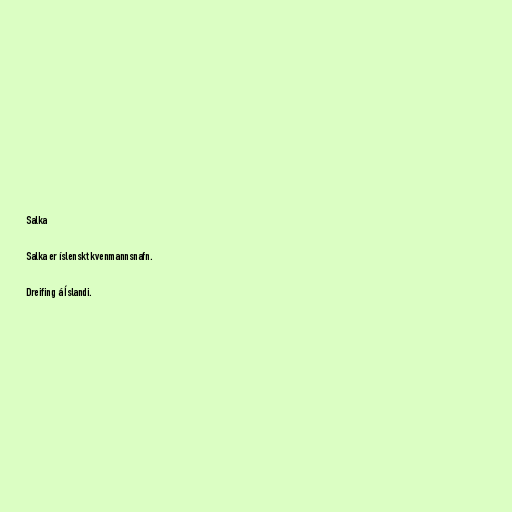
Salka

Salka er íslenskt kvenmannsnafn.

Dreifing á Íslandi.